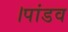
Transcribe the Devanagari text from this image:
।पांडव